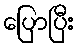
ပြောပြီး